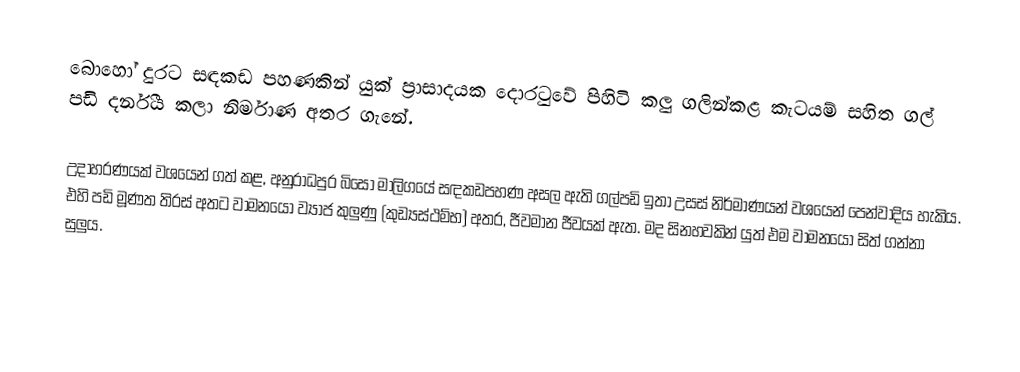
බොහෝ දුරට සඳකඩ පහණකින් යුක් ප්‍රාසාදයක දොරටුවේ පිහිටි කලු ගලින්කළ කැටයම් සහිත ගල් පඩි දර්නීය කලා නිර්මාණ අතර ගැනේ.

උදාහරණයක් වශයෙන් ගත් කළ, අනුරාධපුර බිසෝ මාලිගයේ සඳකඩපහණ අසල ඇති ගල්පඩි ඉතා උසස් නිර්මාණයන් වශයෙන් පෙන්වාදිය හැකිය. එහි පඩි මූණත තිරස් අතට වාමනයෝ ව්‍යාජ කුලුණු (කුඩ්‍යස්ථම්භ) අතර, ජීවමාන ජීවයක් ඇත. මද සිනහවකින් යුත් එම වාමනයෝ සිත් ගන්නා සුලුය.